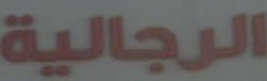
الرجالية